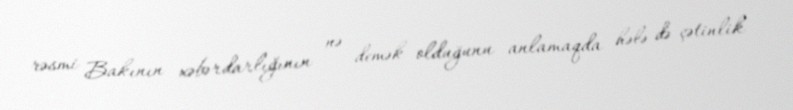
rəsmi Bakının xəbərdarlığının nə demək olduğunu anlamaqda hələ də çətinlik